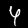
Digit: 4